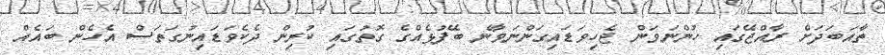
ތާއަބަދަށް ރާއްޖޭގައި ހުންނަވަން ޖެހިވަޑައިގަންނަވާނެ ބޭފުޅެއްގެ ގޮތުގައި ކުރިން ދެކެވަޑައިނުގަތަސް އެހެން ބައެއް